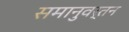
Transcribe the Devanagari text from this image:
समानुवर्तन